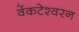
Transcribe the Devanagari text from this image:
वेंकटेश्वरन